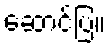
ဆောင်ပြ။